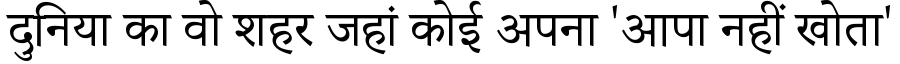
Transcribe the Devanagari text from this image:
दुनिया का वो शहर जहां कोई अपना 'आपा नहीं खोता'